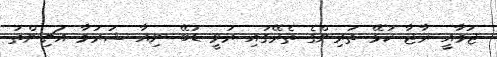
ޖަމާއީ ރާޖާ ކުޅޭ ތަރިންގެ ތެރޭގައި ރަވީ ޑުބޭ ނިއާ ޝަރުމާ އަޗިންތު